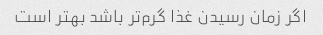
اگر زمان رسیدن غذا گرم‌تر باشد بهتر است